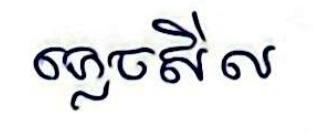
ភ្លេចសីល